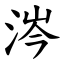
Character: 涔